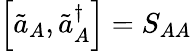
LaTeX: \left[\tilde{a}_{A},\tilde{a}_{A}^{\dagger}\right]=S_{AA}